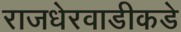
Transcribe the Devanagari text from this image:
राजधेरवाडीकडे